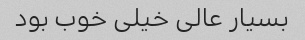
بسیار عالی خیلی خوب بود